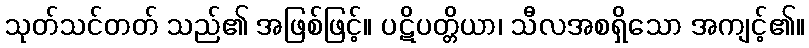
သုတ်သင်တတ် သည်၏ အဖြစ်ဖြင့်။ ပဋိပတ္တိယာ၊ သီလအစရှိသော အကျင့်၏။